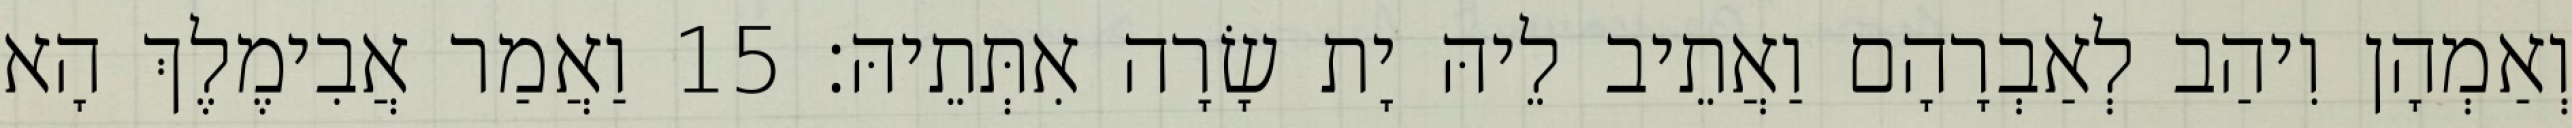
וְאַמְהָן וִיהַב לְאַבְרָהָם וַאֲתֵיב לֵיהּ יָת שָׂרָה אִתְּתֵיהּ׃ 15 וַאֲמַר אֲבִימֶלֶךְ הָא